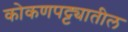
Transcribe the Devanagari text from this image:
कोकणपट्ट्यातील